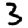
Digit: 3